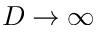
D \to \infty